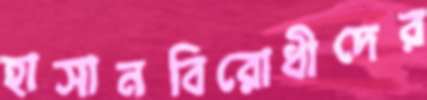
হাসানবিরোধীদের